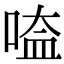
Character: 㗐